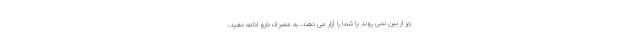
زیر از بین نمی روند یا شما را آزار می دهند، به مصرف دارو ادامه دهید،